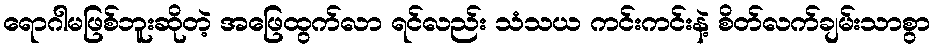
ရောဂါမဖြစ်ဘူးဆိုတဲ့ အဖြေထွက်လာ ရင်လည်း သံသယ ကင်းကင်းနဲ့ စိတ်လက်ချမ်းသာစွာ